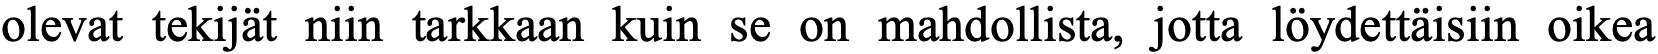
olevat tekijät niin tarkkaan kuin se on mahdollista, jotta löydettäisiin oikea